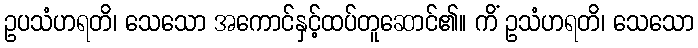
ဥပသံဟရတိ၊ သေသော အကောင်နှင့်ထပ်တူဆောင်၏။ ကိံ ဥသံဟရတိ၊ သေသော